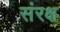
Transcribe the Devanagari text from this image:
संरक्ष